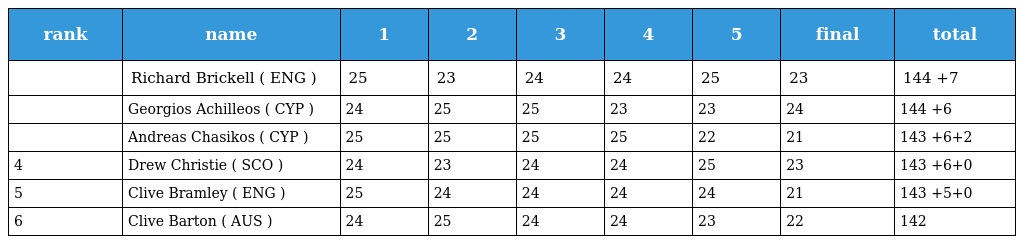
| rank | name | 1 | 2 | 3 | 4 | 5 | final | total |
 | --- | --- | --- | --- | --- | --- | --- | --- | --- |
 |  | Richard Brickell ( ENG ) | 25 | 23 | 24 | 24 | 25 | 23 | 144 +7 |
 |  | Georgios Achilleos ( CYP ) | 24 | 25 | 25 | 23 | 23 | 24 | 144 +6 |
 |  | Andreas Chasikos ( CYP ) | 25 | 25 | 25 | 25 | 22 | 21 | 143 +6+2 |
 | 4 | Drew Christie ( SCO ) | 24 | 23 | 24 | 24 | 25 | 23 | 143 +6+0 |
 | 5 | Clive Bramley ( ENG ) | 25 | 24 | 24 | 24 | 24 | 21 | 143 +5+0 |
 | 6 | Clive Barton ( AUS ) | 24 | 25 | 24 | 24 | 23 | 22 | 142 |